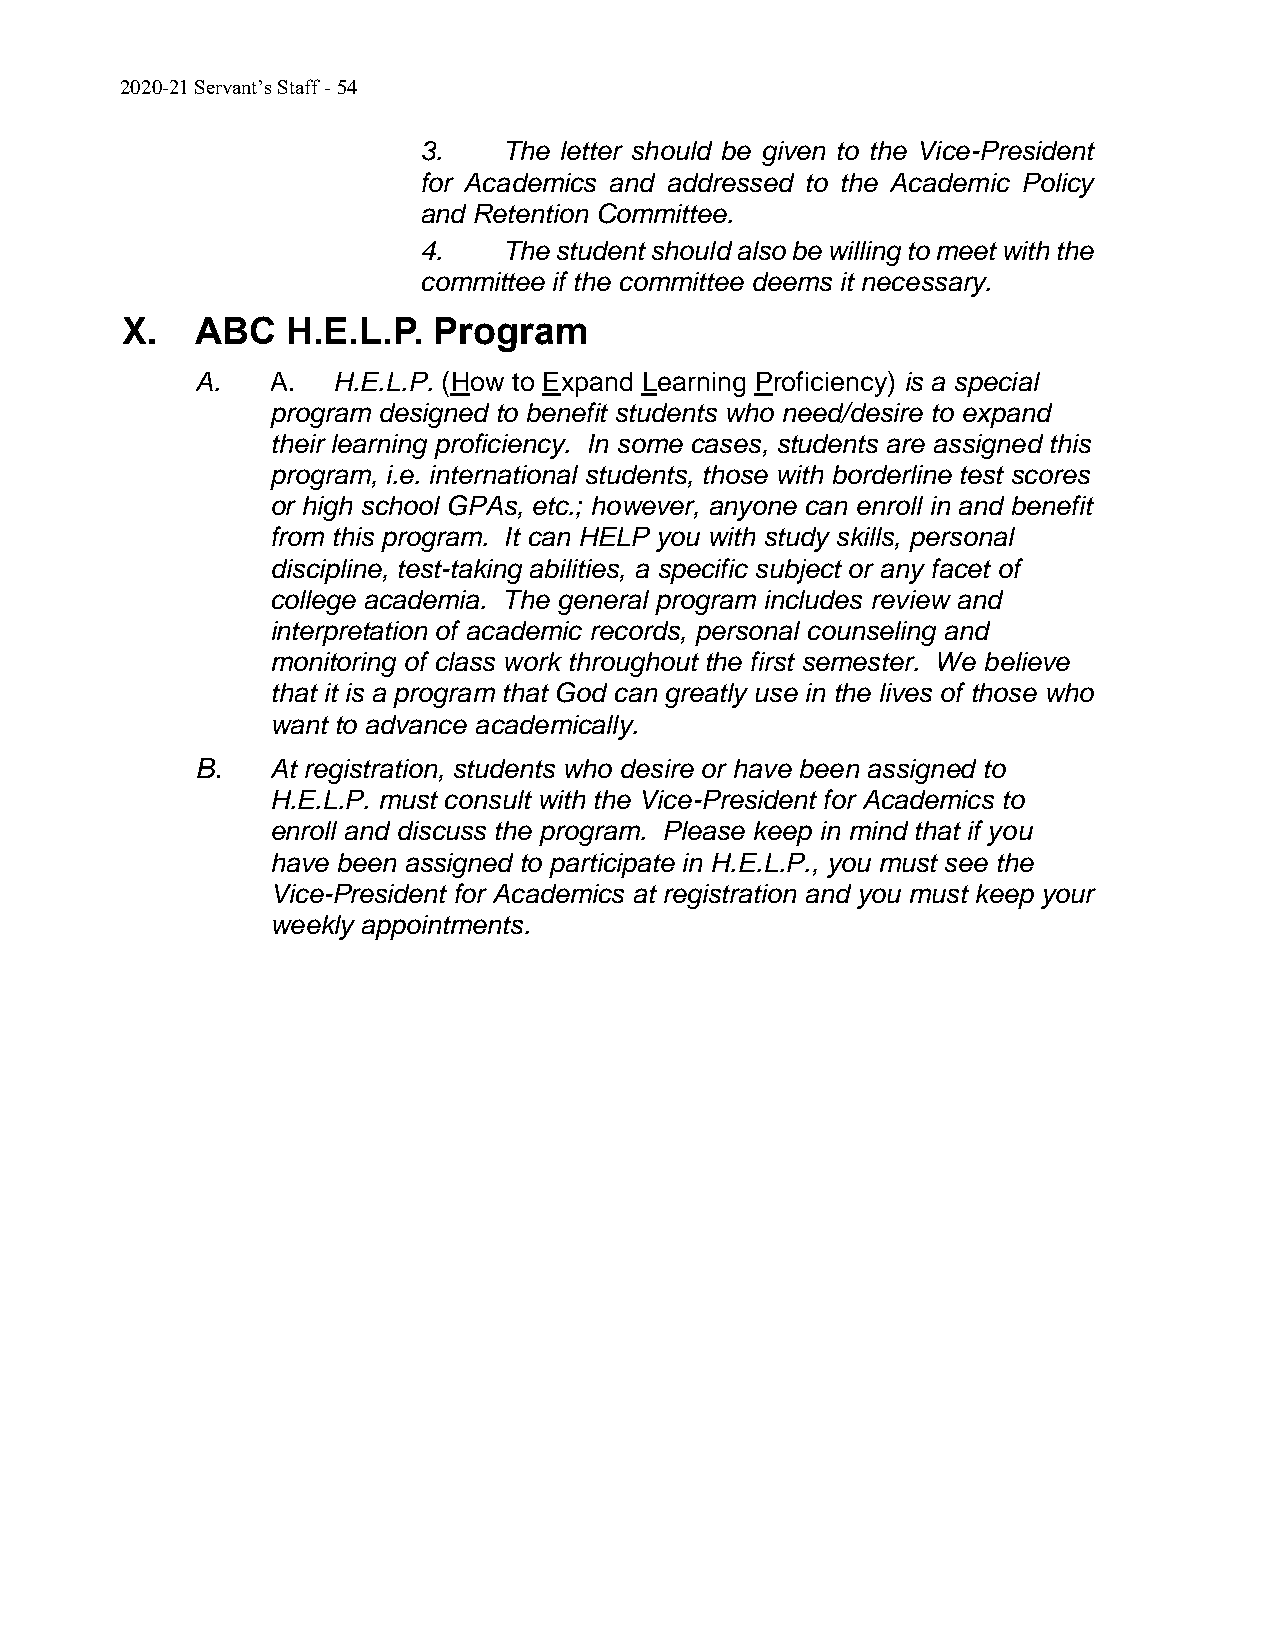
2020-21 Servant’s Staff - 54
 3.   The letter should be given to the Vice-President
 for Academics and addressed to the Academic Policy
 and Retention Committee.
 4.   The student should also be willing to meet with the
 committee if the committee deems it necessary.
 X.   ABC   H.E.L.P.  Program
 A.   A.  H.E.L.P. (How to Expand Learning Proficiency) is a special
 program designed to benefit students who need/desire to expand
 their learning proficiency. In some cases, students are assigned this
 program, i.e. international students, those with borderline test scores
 or high school GPAs, etc.; however, anyone can enroll in and benefit
 from this program. It can HELP you with study skills, personal
 discipline, test-taking abilities, a specific subject or any facet of
 college academia. The general program includes review and
 interpretation of academic records, personal counseling and
 monitoring of class work throughout the first semester. We believe
 that it is a program that God can greatly use in the lives of those who
 want to advance academically.
 B.   At registration, students who desire or have been assigned to
 H.E.L.P. must consult with the Vice-President for Academics to
 enroll and discuss the program. Please keep in mind that if you
 have been assigned to participate in H.E.L.P., you must see the
 Vice-President for Academics at registration and you must keep your
 weekly appointments.